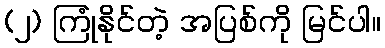
(၂) ကြုံနိုင်တဲ့ အပြစ်ကို မြင်ပါ။